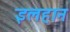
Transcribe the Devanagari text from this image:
इलहान